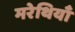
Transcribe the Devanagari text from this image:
मरेथियाँ